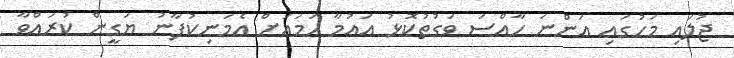
ޖުލައި މަހުގައި އަންނަ ހާއްސަ ވަގުތުކޮޅު އައުމާ ހަމައަށް އެމަނިކުފާނު ޔަގީން ކުރައްވާ